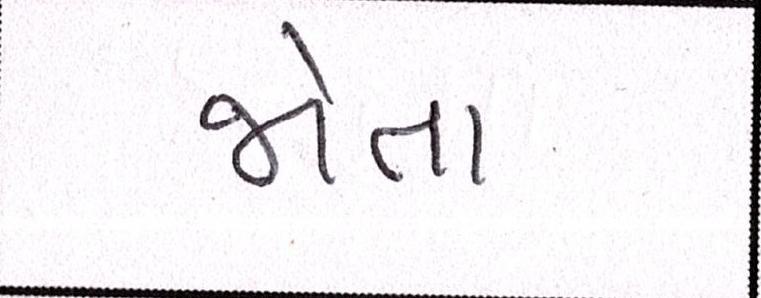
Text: જોતા